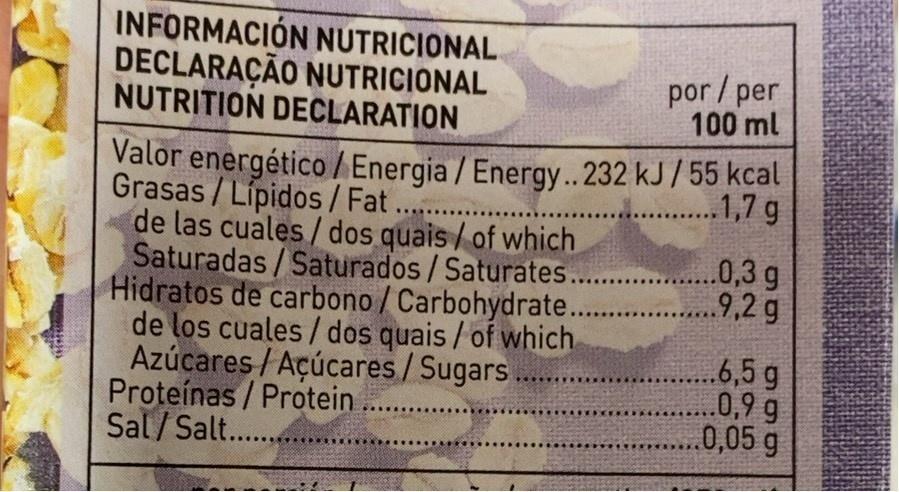
INFORMACIÓN NUTRICIONAL DECLARAÇÃO NUTRICIONAL NUTRITION DECLARATION
por /per 100 ml
Valor energético / Energia / Energy.. 232 kJ/ 55 kcal Grasas / Lípidos/ Fat ... de las cuales /dos quais / of which Saturadas/Saturados / Saturates. Hidratos de carbono/ Carbohydrate... de los cuales / dos quais / of which Azúcares / Açúcares/Sugars Proteínas / Protein Sal/Salt..
.1,7 g
.0,3 g 9,2g
.6,5g .0,9 g .0,05 g